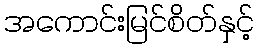
အကောင်းမြင်စိတ်နှင့်